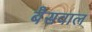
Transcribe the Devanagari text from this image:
बैसवाल